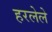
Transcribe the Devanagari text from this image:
हरलेले